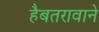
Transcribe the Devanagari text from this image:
हैबतरावाने